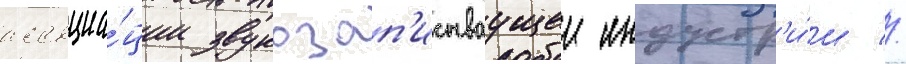
ассоциа́ции звукозап'исываущеи индустр'и́и //